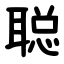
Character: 聪